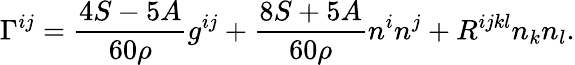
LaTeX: \Gamma^{ij}=\frac{4S-5A}{60\rho}g^{ij}+\frac{8S+5A}{60\rho}n^{i}n^{j}+R^{ijkl}n_{k}n_{l}.